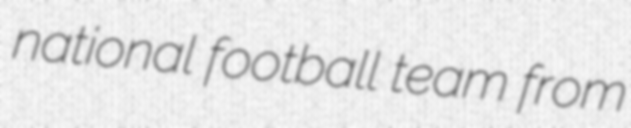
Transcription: national football team from